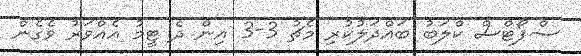
ސްޕޯޓްސް ކްލަބު ބައްދަލުކުރި މެޗު 3-3 އިން ދެ ޓީމު އެއްވަރު ވެގެން